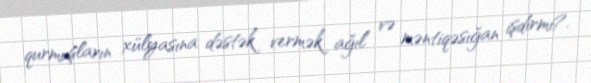
qurmuşların xülyasına dəstək vermək ağıl və məntiqəsığan işdirmi?.